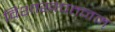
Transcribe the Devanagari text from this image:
विशाखपत्तनम्